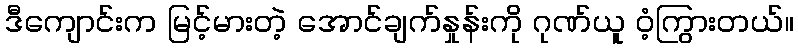
ဒီကျောင်းက မြင့်မားတဲ့ အောင်ချက်နှုန်းကို ဂုဏ်ယူ ဝံ့ကြွားတယ်။